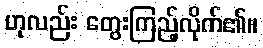
ဟုလည်း တွေးကြည့်လိုက်၏။